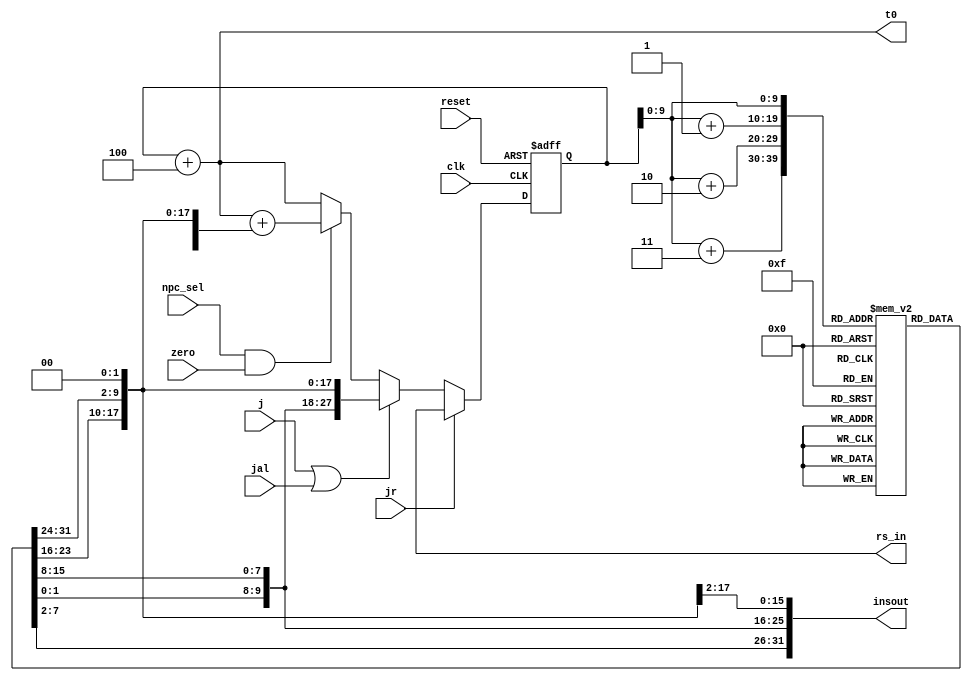

`timescale 1ns / 1ps

module ifu(clk,reset,npc_sel,zero,insout,j,t0,rs_in,jal,jr);
    input clk,reset,npc_sel,zero,j,jal,jr;
    output [31:0]insout;      //
    output [31:0]t0,rs_in;
    reg [31:0]pc;               //
    reg [7:0]im[1023:0];       //
    wire [31:0]pc_new,t2,t1,extout,temp;
    wire [15:0]imm;
    assign insout={im[pc[9:0]],im[pc[9:0]+1],im[pc[9:0]+2],im[pc[9:0]+3]};
    assign imm=insout[15:0];
    assign temp={ {16{imm[15]}} , imm };
    assign extout=temp<<2;

    assign t0=pc+4;
    assign t1=t0+extout;
    assign t2={t0[31:28],insout[25:0],2'b00};
    assign pc_new = jr? rs_in : ( (j||jal)? t2:( (npc_sel&&zero)?t1:t0 ) );
    
    always@(posedge clk,posedge reset)  
    begin
        if(reset) pc=32'h0000_3000;
        else pc=pc_new;
    end
    

 endmodule